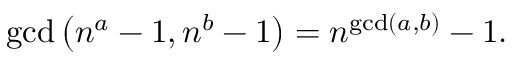
\operatorname* { g c d } \left( n ^ { a } - 1 , n ^ { b } - 1 \right) = n ^ { \operatorname* { g c d } ( a , b ) } - 1 .